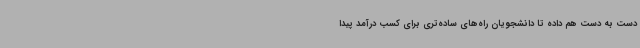
دست به دست هم داده تا دانشجویان راه‌های ساده‌تری برای کسب درآمد پیدا